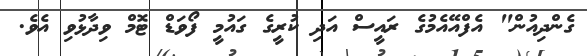
ގެންދިއުން" އެފްއޭއެމުގެ ރައީސް އަދި ކުރީގެ ގައުމީ ފޯވަޑް ޓޮމް ވިދާޅުވި އެވެ.